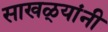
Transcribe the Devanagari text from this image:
साखळ्यांनी